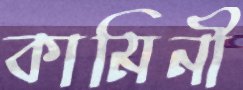
কামিনী